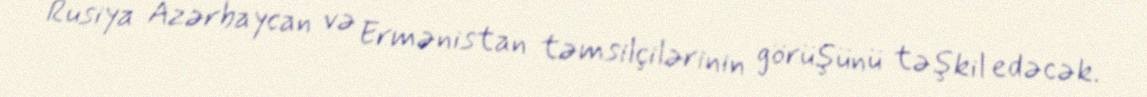
Rusiya Azərbaycan və Ermənistan təmsilçilərinin görüşünü təşkil edəcək.